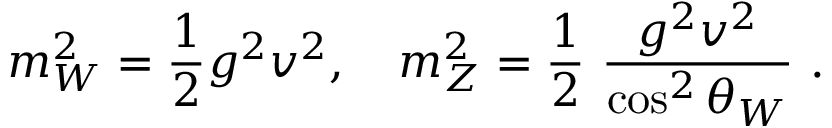
m _ { W } ^ { 2 } = \frac { 1 } { 2 } g ^ { 2 } v ^ { 2 } , \quad m _ { Z } ^ { 2 } = \frac { 1 } { 2 } ~ \frac { g ^ { 2 } v ^ { 2 } } { \cos ^ { 2 } \theta _ { W } } ~ .